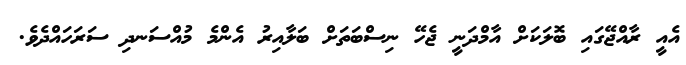
އެއީ ރާއްޖޭގައި ބޮލަކަށް އާމްދަނީ ޖެހޭ ނިސްބަތަށް ބަލާއިރު އެންމެ މުއްސަނދި ސަރަހައްދެވެ.